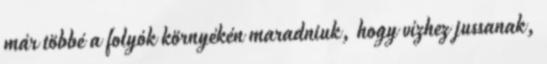
már többé a folyók környékén maradniuk, hogy vízhez jussanak,